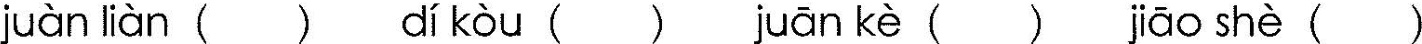
juàn liàn ()dí kòu () juān kè () jiāo shè